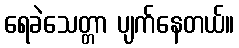
ရေခဲသေတ္တာ ပျက်နေတယ်။